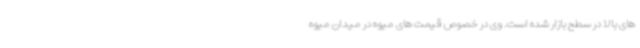
های بالا در سطح بازار شده است. وی در خصوص قیمت های میوه در میدان میوه